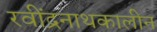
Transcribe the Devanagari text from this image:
रवींद्रनाथकालीन